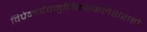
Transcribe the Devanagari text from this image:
विप्रेन्द्रदेवमुनिकष्टकलेशराहोः